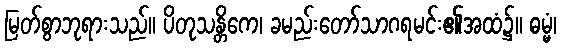
မြတ်စွာဘုရားသည်။ ပိတုသန္တိကေ၊ ခမည်းတော်သာဂရမင်း၏အထံ၌။ ဓမ္မံ၊